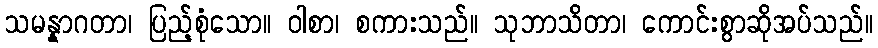
သမန္နာဂတာ၊ ပြည့်စုံသော။ ဝါစာ၊ စကားသည်။ သုဘာသိတာ၊ ကောင်းစွာဆိုအပ်သည်။